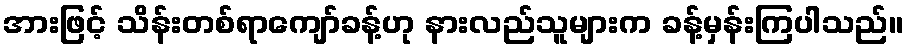
အားဖြင့် သိန်းတစ်ရာကျော်ခန့်ဟု နားလည်သူများက ခန့်မှန်းကြပါသည်။